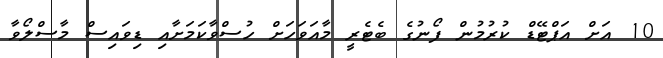
10 އަށް އަޕްޓޭޑް ކުރުމުން ފޯނުގެ ބެޓެރީ މާއަވަހަށް ހުސްވާކަމަށާއި ޑިވައިސް މާސްލޯވާ